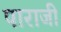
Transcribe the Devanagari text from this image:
पाराजी